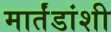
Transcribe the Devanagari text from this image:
मार्तंडांशी